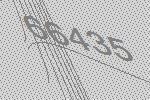
66435